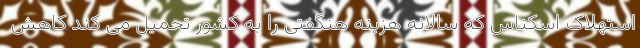
استهلاک اسکناس که سالانه هزینه هنگفتی را به کشور تحمیل می کند کاهش